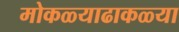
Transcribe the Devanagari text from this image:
मोकळ्याढाकळ्या